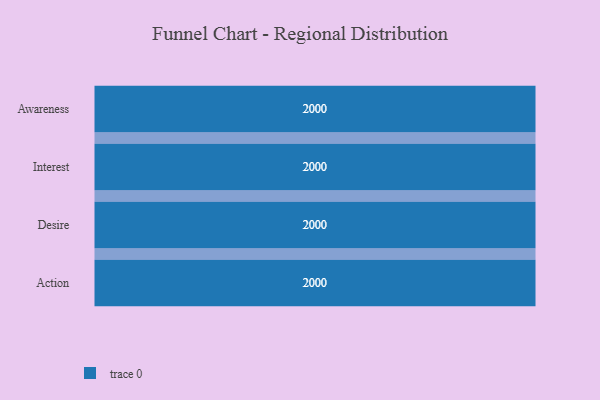
{"axis": {"x": "Stage", "y": "Value"}, "legend": [""], "data": [{"x": "Awareness", "y": 2000, "type": ""}, {"x": "Interest", "y": 2000, "type": ""}, {"x": "Desire", "y": 2000, "type": ""}, {"x": "Action", "y": 2000, "type": ""}]}